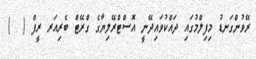
ރޭވުންގަނޑު މިފިލްމުގައި ދައްކުވައިދޭނީ އޮސްޓްރޭލިޔާގެ ގްރޭޓް ބެރިއަރ ރީފް (  )